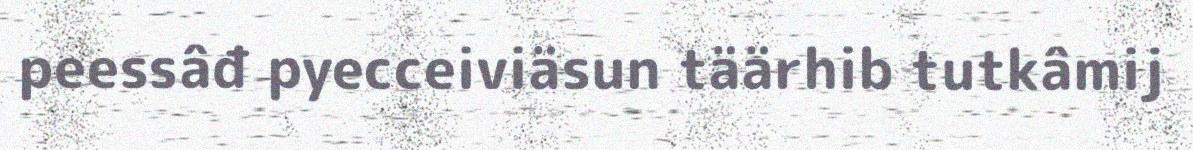
peessâđ pyecceiviäsun täärhib tutkâmij